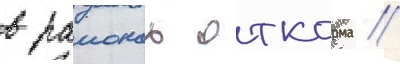
в раионах откорма //